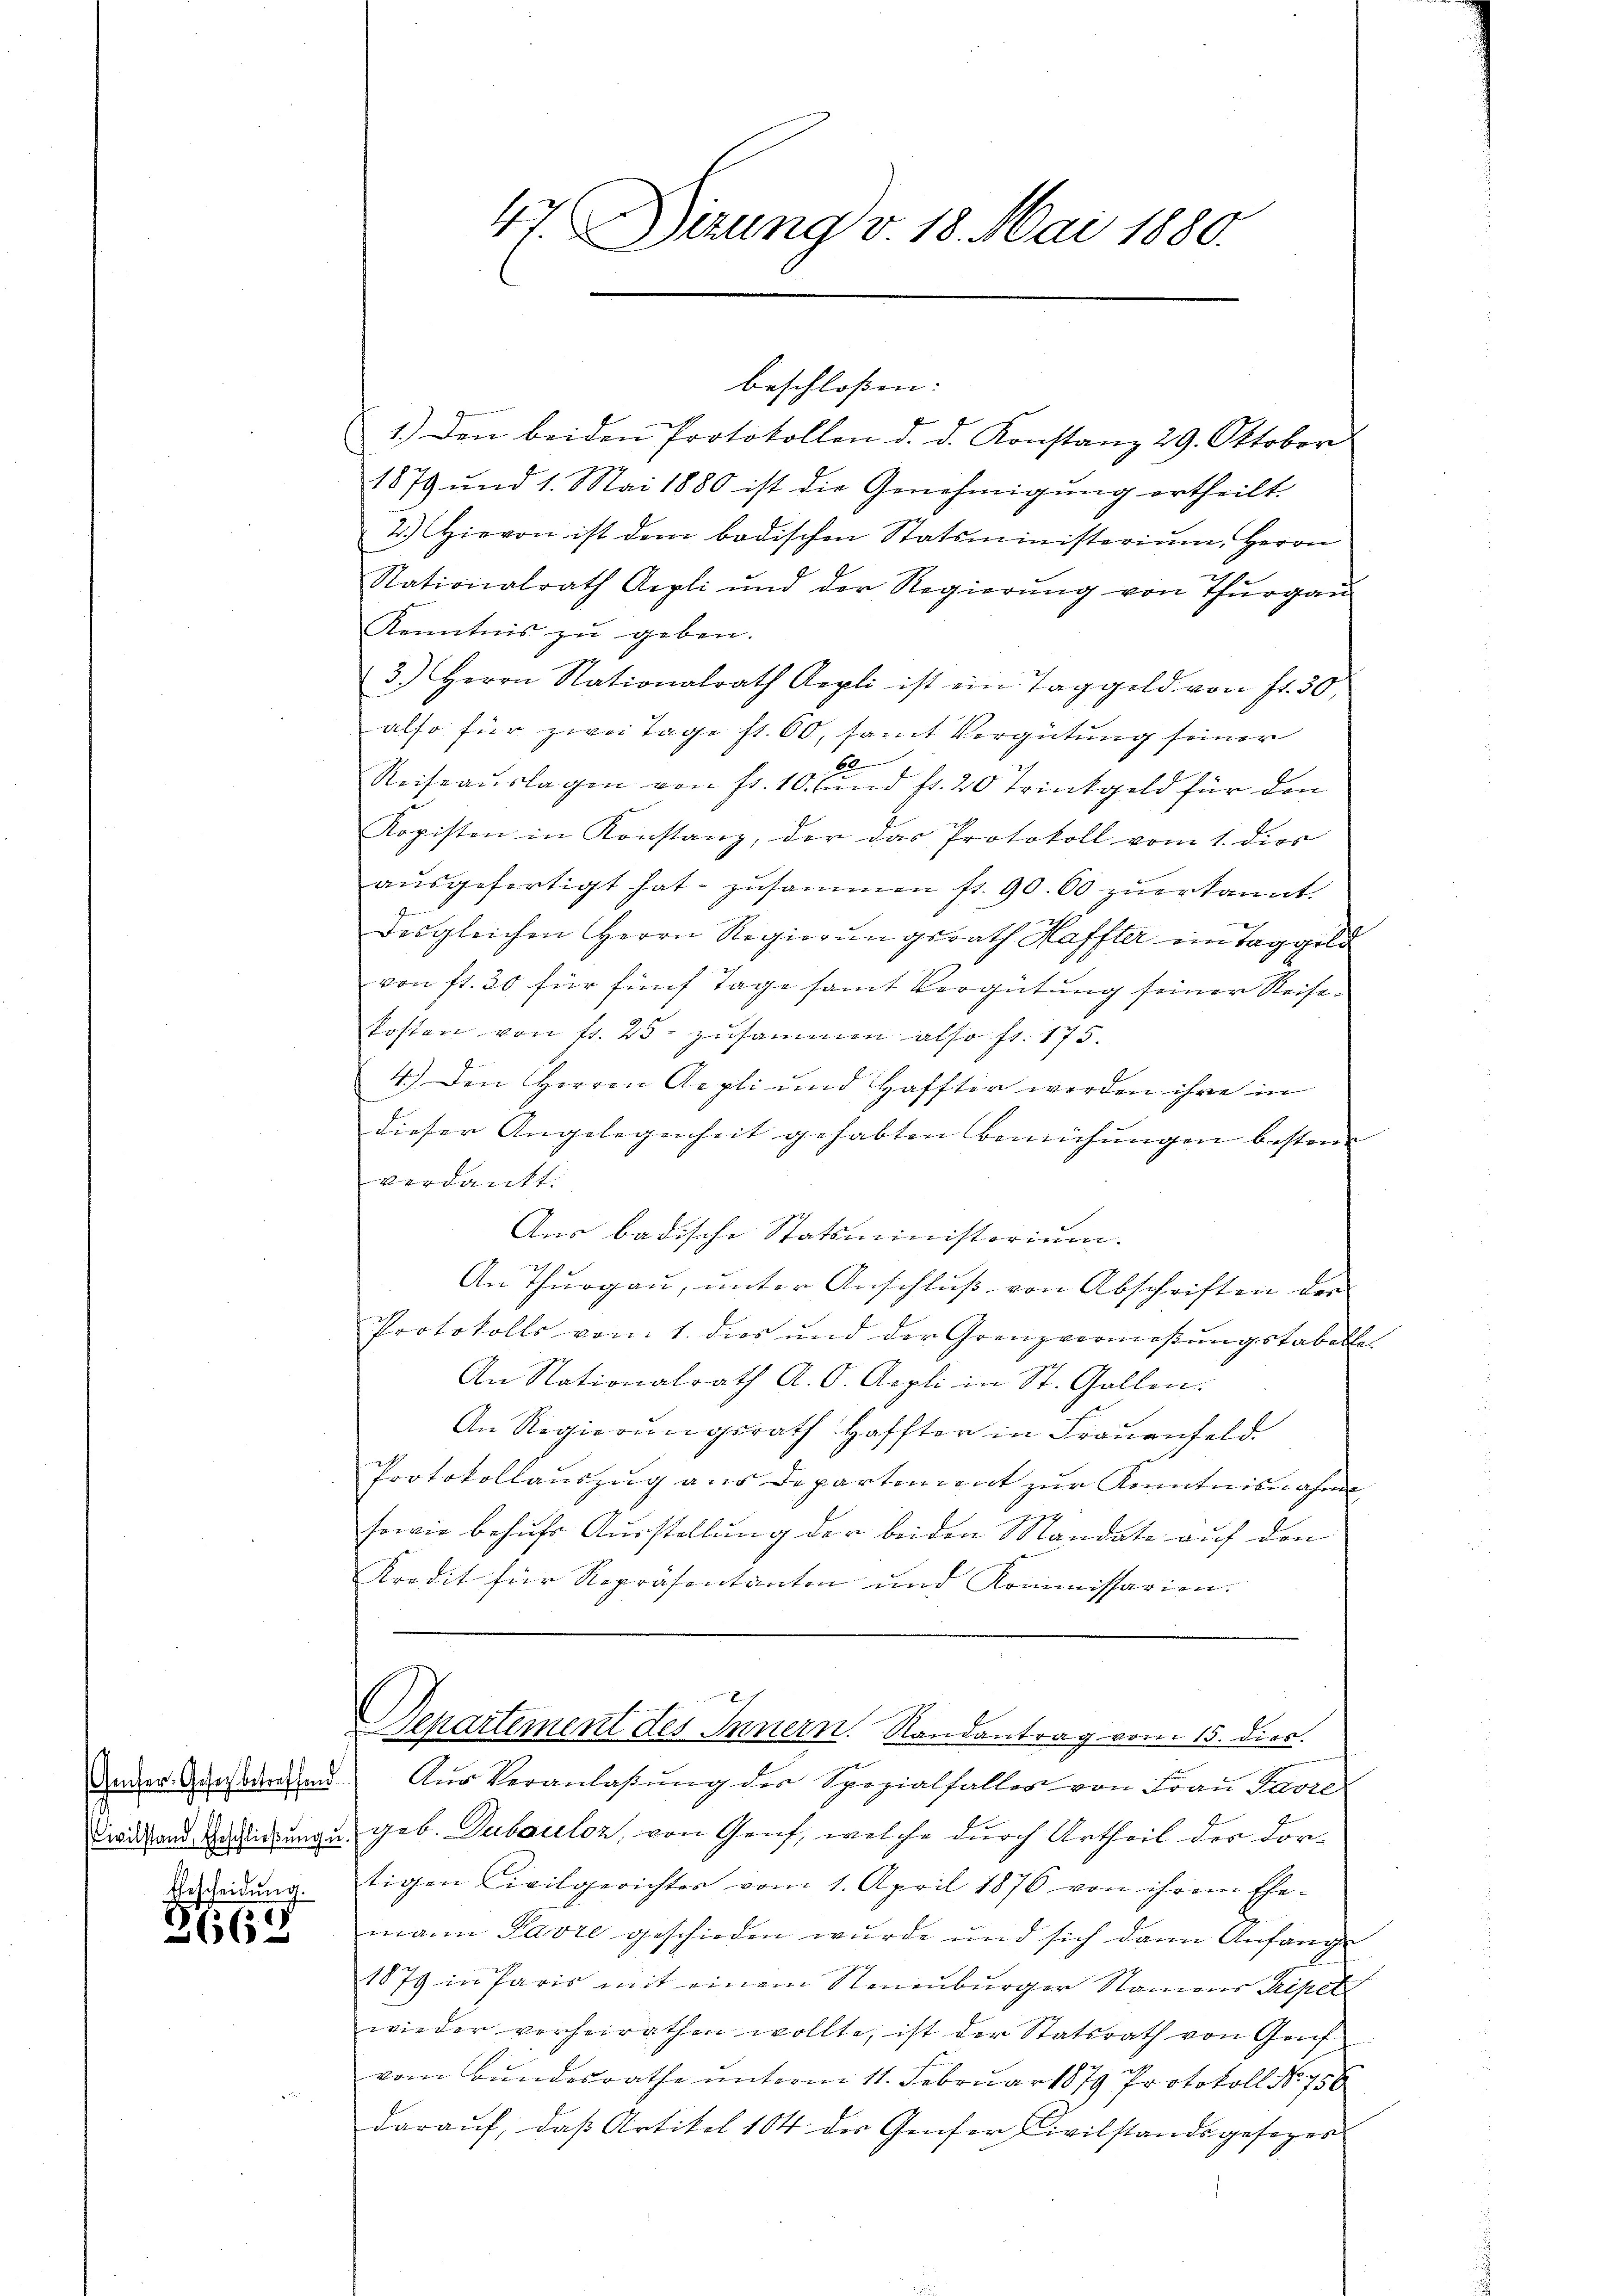
Genfer Gesetz betreffend
Civilstand, Eheschließung u.
Gescheidung

2665

47. Dizung v. 18. Mai 1880.

1.) Den beiden Protokollen d. d. Konstanz 29. Oktober
1879 und 1. Mai 1880 ist die Genehmigung ertheilt.
2.) Hievon ist dem badischen Statsministerium, Herrn
Nationalrath Aepli und der Regierŭng von Thurgau
Kenntnis zu geben.
3.) Herrn Nationalrath Aepli ist ein Taggeld von fr. 30,
also für zwei Tage st. 60, samt Vergütung seiner
6
Reiseauslagen von fr. 10. und fr. 20 Trinkgeld für den
Kopisten in Konstanz, der das Protokoll vom 1. dies
aŭsgefertigt hat zusammen fr. 90. 60 zuerkannt.
desgleichen Herrn Regierungsrath Haffter ein Taggeld
von fl. 30 für fünf Tage samt Vergütung seiner Reisekosten von fr. 25 zusammen also fr. 175.
4.) Den Herren Aepli und Haffter werden ihre in
dieser Angelegenheit gehabten Bemühungen bestere
verdankt.
Aus badische Statsministorium.
An Thurgau, unter Anschluß von Abschriften der
Protokolls vom 1. dies und der Grenzvermesŭngstabelle.
An Nationalrath A. O. Aepli in St. Gallen.
An Regierŭngsrath Haffter in Frauenfeld.
Protokollauszug aus Departiment zur Kenntnisnahme
sowie behufs Ausstellung der beiden Mandate auf den
Kredit für Repräsentanten und Kommissarien.
Departement des Innern. Randantrag vom 15. dies.
Aŭr Veranlaβŭng der Spezialfalles von Fraŭ Parte
geb. Dubauloz, von Gouf, welche durch Urtheil der Dor-
tigen Civilgerichter vom 1. April 1876 von ihrem Ehe-
mann Parre geschieden wurde und sich dann Anfange
1879 in Paris mit einem Neuenburger Namens Kripetz
wieder vorheirathen wollte, ist der Statsrath von Gef
vom Bundesrathe unterm 11. Februar 1879 Protokoll No. 756
daraŭf, daβ Artikel 184 des Geser Civilstandsgesages

beschlossen: |